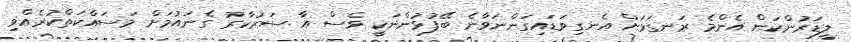
ލީޑަރުންކަން އެންމެ ރަނގަޅަށް އެނގިވަޑައިގަންނަވާނެ ބޭފުޅުންނަކީ ވެސް އާ ސަރުކާރު ގެނައުމަށް މަސައްކަތްކުރެއްވި